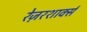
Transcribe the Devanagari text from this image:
रेज़रशार्क्स